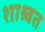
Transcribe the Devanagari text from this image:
शाश्र्वत